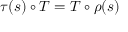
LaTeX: \tau ( s ) \circ T = T \circ \rho ( s )